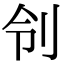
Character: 刢